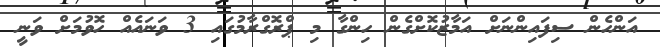
އަންހެން ސިފައިންނަށް އަމާޒުކޮށްގެން ހިންގާ މި ޕްރޮގްރާމުގައި 3 ވަނައެއް ހޮވުމަށް ވަނީ